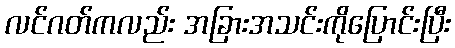
လင်ဂတ်ကလည်း အခြားအသင်းကိုပြောင်းပြီး